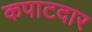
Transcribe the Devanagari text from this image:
कपाटदार